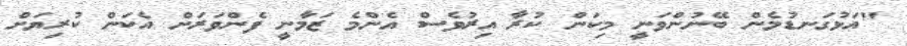
"އަޅުގަނޑުމެން ބޭނުންވަނީ މިކަން ކުރާ އިރުވެސް އެންމެ ޒަމާނީ ފެންވަރަށް އެކަން ކުރިޔަށް